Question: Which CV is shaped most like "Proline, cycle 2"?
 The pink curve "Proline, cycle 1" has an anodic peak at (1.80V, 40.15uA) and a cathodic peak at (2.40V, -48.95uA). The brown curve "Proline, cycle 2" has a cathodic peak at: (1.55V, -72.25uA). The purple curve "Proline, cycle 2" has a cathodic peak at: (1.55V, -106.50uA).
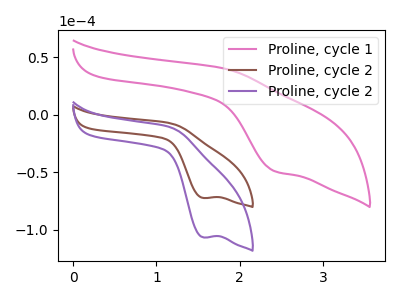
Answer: <think>"Proline, cycle 1" and "Proline, cycle 2" have a different number of peaks. "Proline, cycle 1" and "Proline, cycle 2" have a different number of peaks. All the peaks in "Proline, cycle 2" have a peak in "Proline, cycle 2" at the same potential. Every peak in "Proline, cycle 2" is lower than every peak in "Proline, cycle 2".
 </think>
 <answer>The CV with the most similar shape to "Proline, cycle 2" is "Proline, cycle 2".</answer>
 <eval>"Proline, cycle 2"</eval>